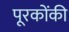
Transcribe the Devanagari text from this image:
पूरकोंकी